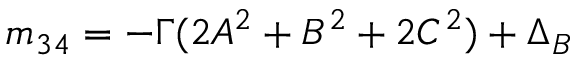
m _ { 3 4 } = - \Gamma ( 2 A ^ { 2 } + B ^ { 2 } + 2 C ^ { 2 } ) + \Delta _ { B }